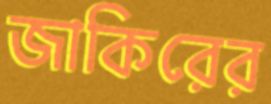
জাকিরের